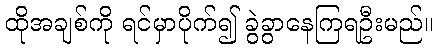
ထိုအချစ်ကို ရင်မှာပိုက်၍ ခွဲခွာနေကြရဦးမည်။